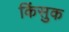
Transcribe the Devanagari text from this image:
किंसुक